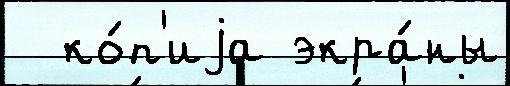
  ко́п'иjа экра́ны